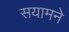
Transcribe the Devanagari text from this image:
सयामने